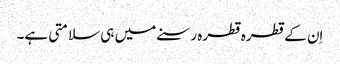
اِن کے قطرہ قطرہ رسنے میں ہی سلامتی ہے۔